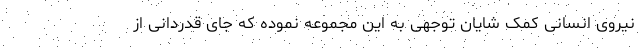
نیروی انسانی کمک شایان توجهی به این مجموعه نموده که جای قدردانی از